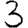
Digit: 3